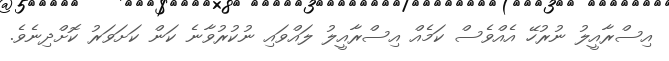
އިސްރާއީލު ނުރުހޭ އެއްވެސް ކަމެއް އިސްރާއީލު ލައްވައި ނުކުރުވާނެ ކަން ކަށަވަރު ކޮށްދިނެވެ.